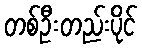
တစ်ဦးတည်းပိုင်